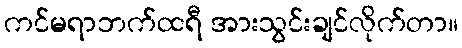
ကင်မရာဘက်ထရီ အားသွင်းချင်လိုက်တာ။